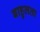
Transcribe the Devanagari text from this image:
बाहुलता